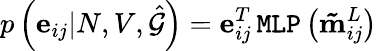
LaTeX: p\left(\mathbf{e}_{ij}|N,V,\hat{\mathcal{G}}\right)=\mathbf{e}_{ij}^{T}\, \texttt{MLP}\left(\mathbf{\tilde{m}}_{ij}^{L}\right)